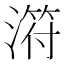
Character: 𣻜